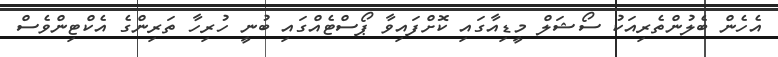
އެހެން ބެލުންތެރިއަކު ސޯޝަލް މީޑިއާގައި ކޮށްފައިވާ ޕޯސްޓެއްގައި ބުނީ ހުރިހާ ތަރިންގެ އެކްޓިންވެސް